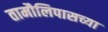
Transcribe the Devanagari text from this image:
तामौलिपासच्या